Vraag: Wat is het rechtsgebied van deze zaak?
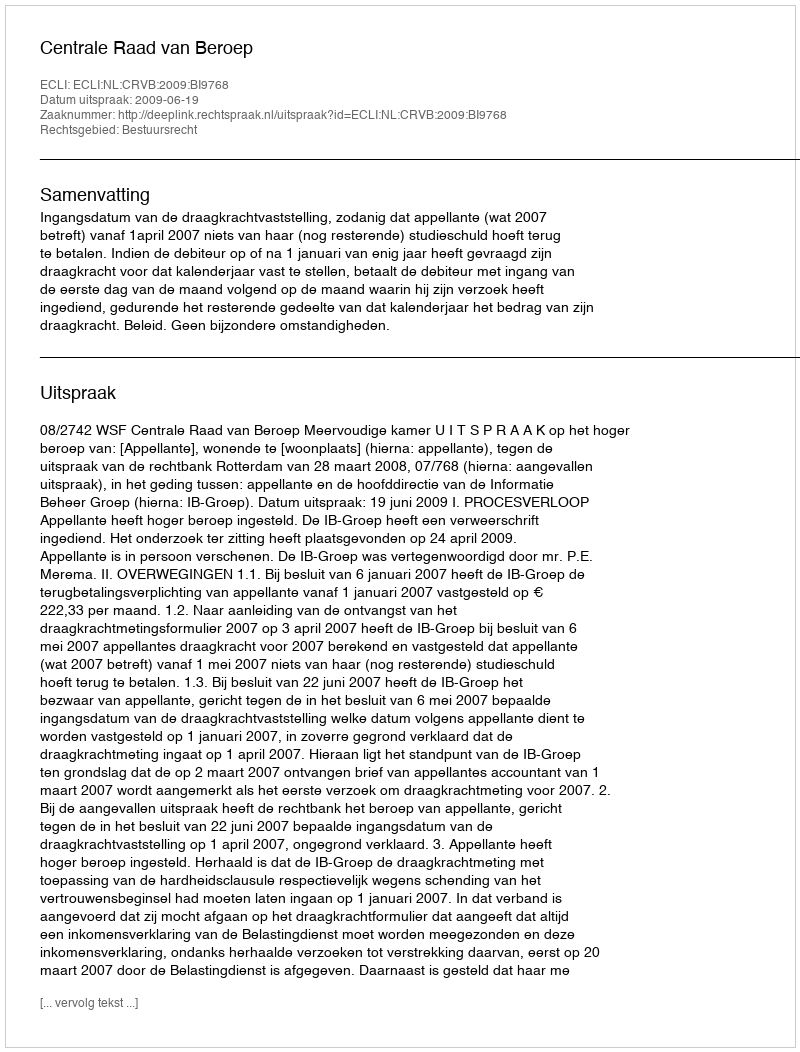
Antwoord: Bestuursrecht